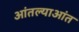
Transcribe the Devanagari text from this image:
आंतल्याआंत